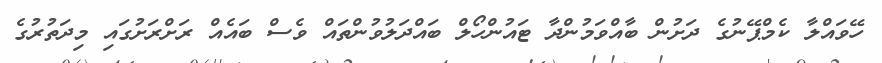
ހޭވައްލާ ކެމްޕޭނުގެ ދަށުން ބާއްވަމުންދާ ޓައުންހޯލް ބައްދަލުވުންތައް ވެސް ބައެއް ރަށްރަށުގައި މިދަތުރުގެ